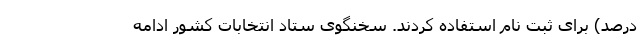
درصد) برای ثبت نام استفاده کردند. سخنگوی ستاد انتخابات کشور ادامه